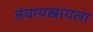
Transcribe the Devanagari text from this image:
जेवायखायला